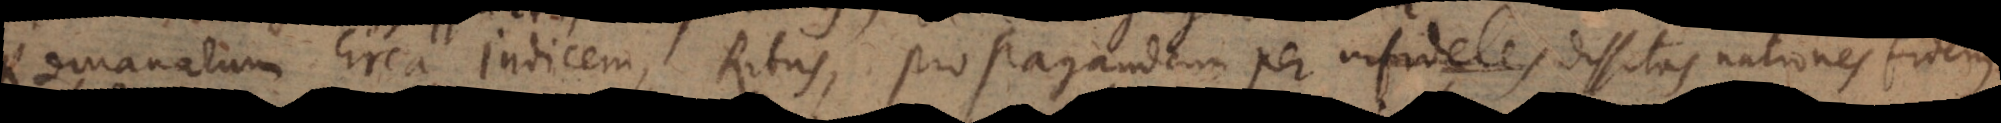
Romanarum circa Indicem, Ritus, propagandam per infideles fidem dissitas nationes fidem